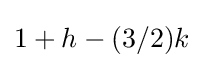
1+h-(3/2)k